Kominterni_Eesti_sektsioon_Moskvas, lk 24
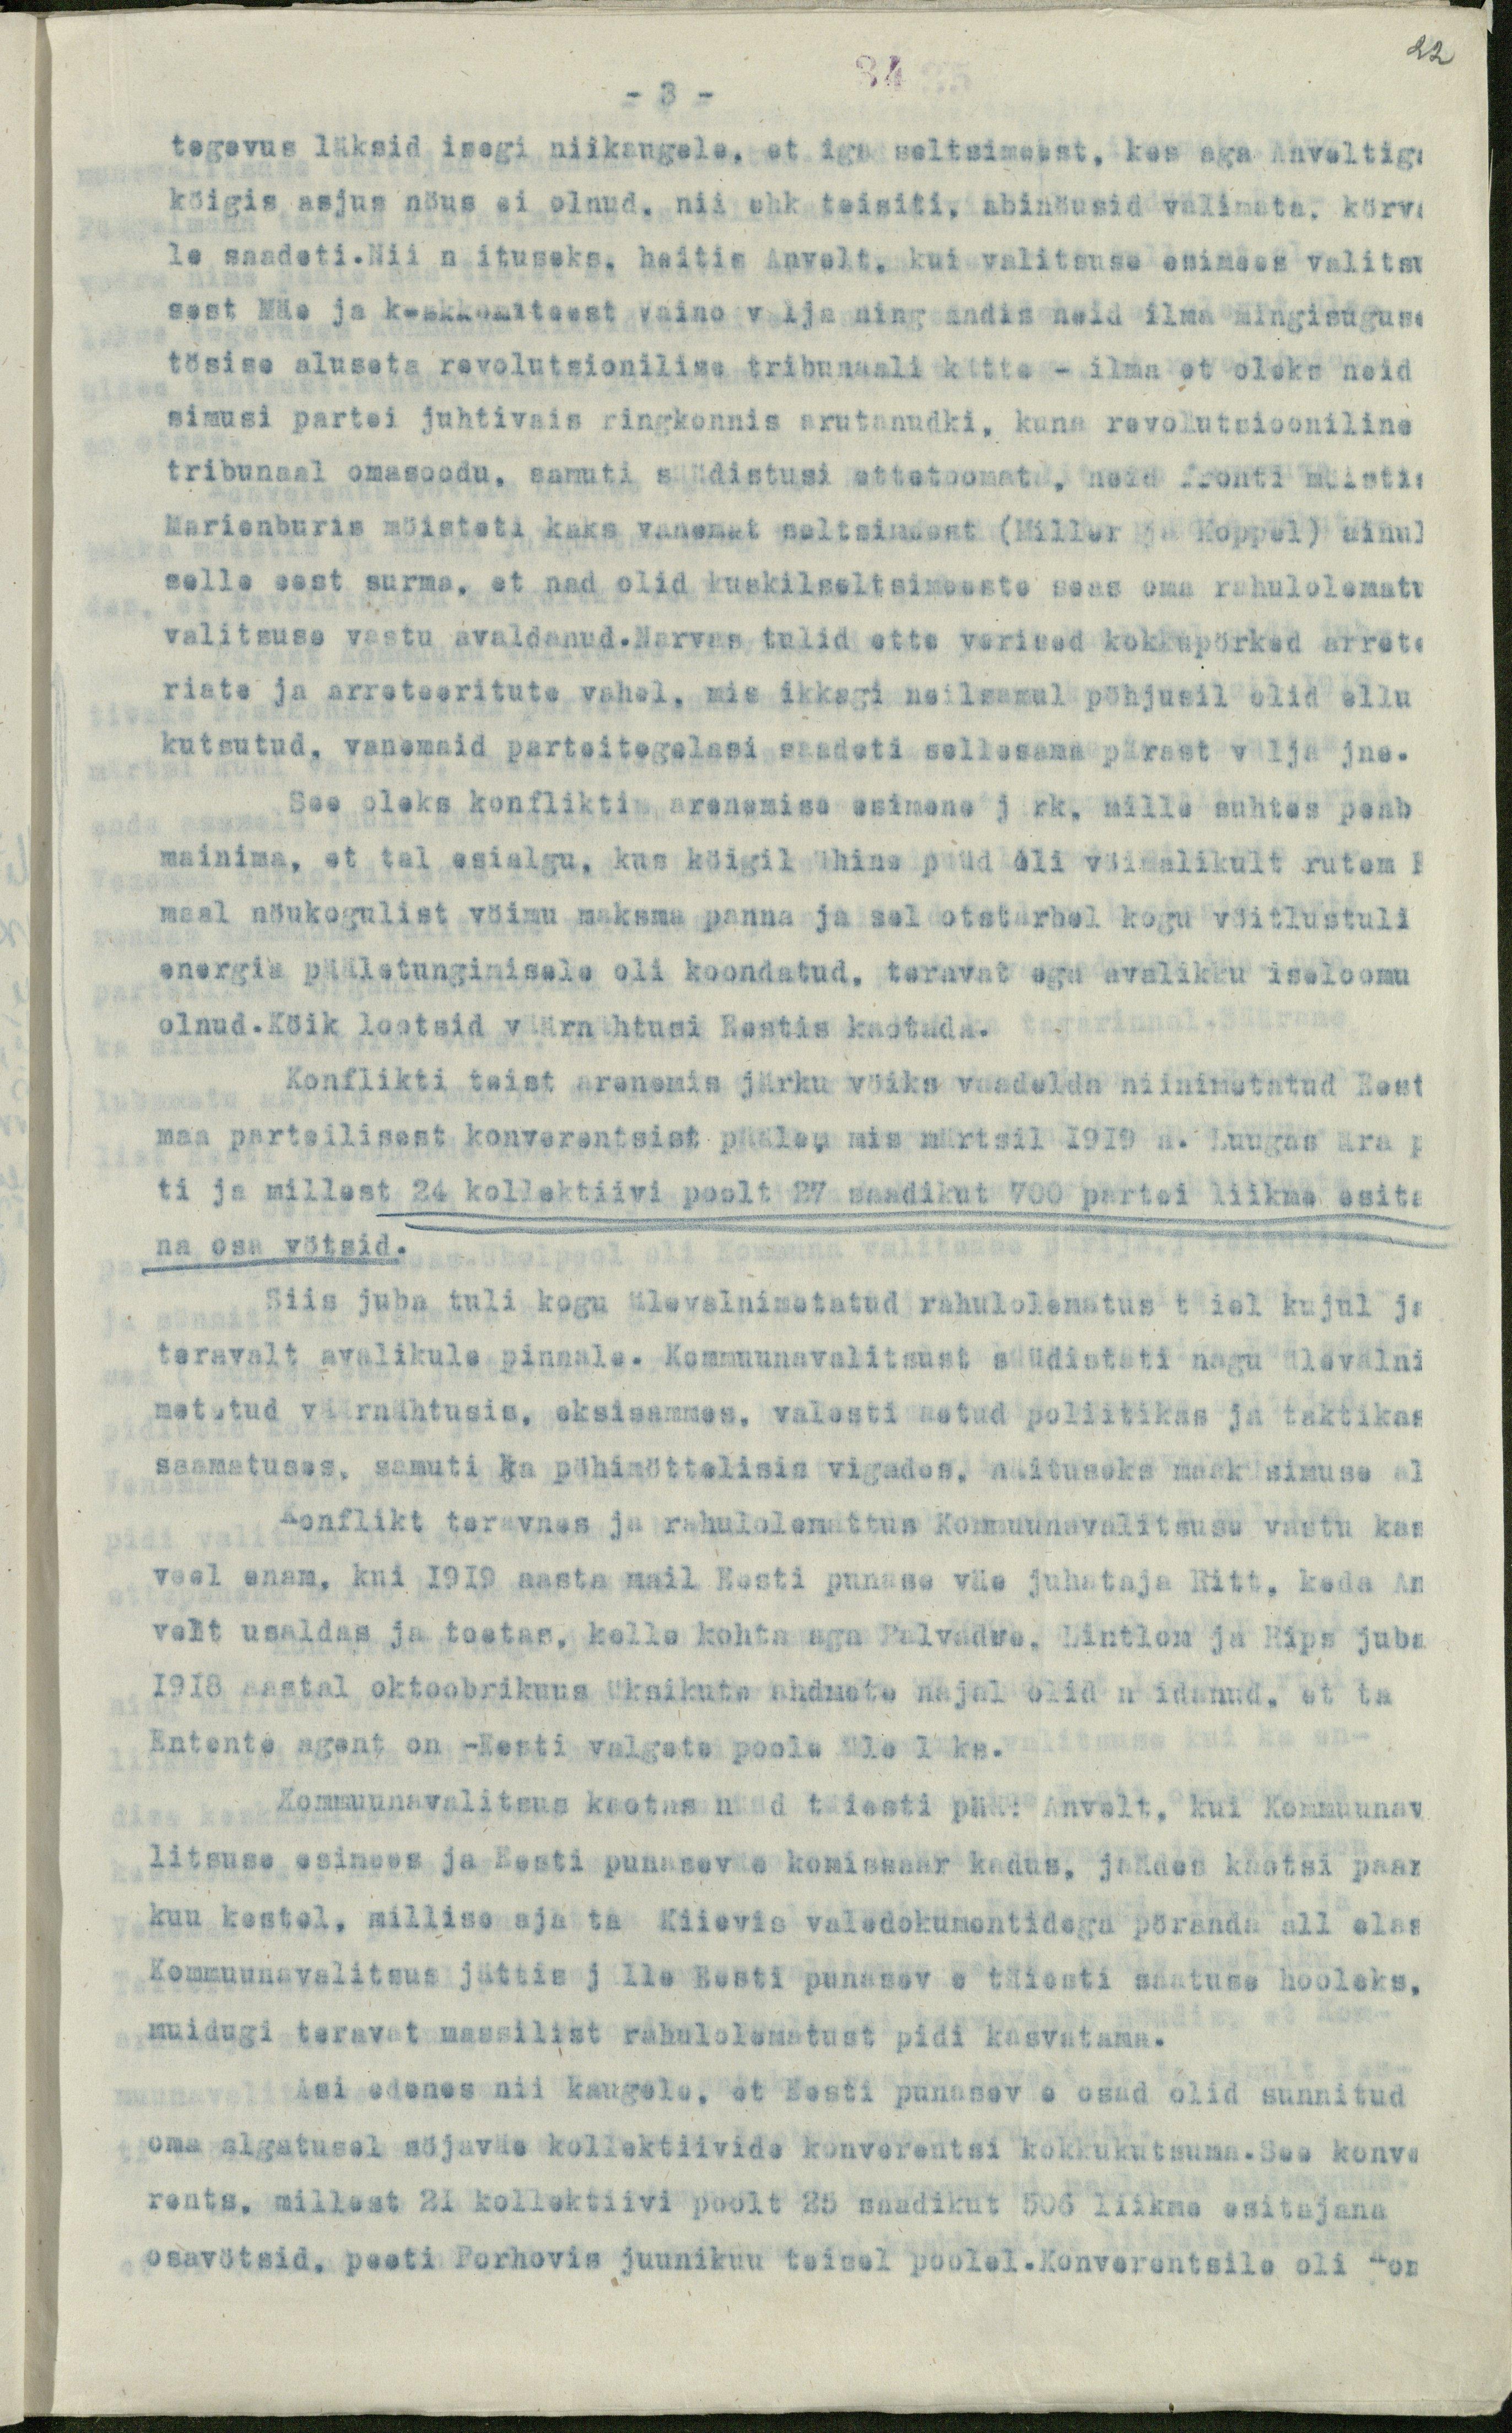
22

- 3 -
34
tegevus läksid isegi niikaugele, et iga seltsimeest, kes aga Anveltiga
köigis asjus nöus ei olnud, nii ehk teisiti, abinöusid valimata, körva
le saadeti.Nii näituseks, heitis Anvelt, kui valitsuse esimees valitsu
sest Mäe ja keskkomiteest Vaino välja ning andis neid ilma mingisuguse
tösise aluseta revolutsionilise tribunaali kätte - ilma et oleks neid
simusi partei juhtivais ringkonnis arutanudki, kuna revolutsiooniline
tribunaal omasoodu, samuti süüdistusi ettetoomata, neid fronti möistis
Marienburis möisteti kaks vanemat seltsimeest (Miller ja Koppel) ainul
selle eest surma, et nad olid kuskilseltsimeeste seas oma rahulolematu
valitsuse vastu avaldanud.Narvas tulid ette verised kokkupörked arrete
riate ja arreteeritute vahel, mis ikkagi neilsamul pöhjusil olid ellu
kutsutud, vanemaid parteitegelasi saadeti sellesama pärast välja jne.
See oleks konflikti arenemise esimene järk, mille suhtes peab
mainima, et tal esialgu, kus köigil ühine püüd oli vöimalikult rutemb
maal nöukogulist vöimu maksma panna ja sel otstarbel kogu vöitlustuli
energia pääletungimisele oli koondatud, teravat ega avalikku iseloomu
olnud.Köik lootsid väärnähtusi Eestis kaotada.
Konflikti teist arenemis järku vöiks vaadelda niinimetatud Eest
maa parteilisest konverentsist pääle, mis märtsil 1919 a. Luugas ära p
ti ja millest 24 kollektiivi poolt 27 saadikut 700 partei liikme esita
na osa vötsid.
Siis juba tuli kogu ülevalnimetatud rahulolematus täiel kujul ja
teravalt avalikule pinnale. Kommuunavalitsust süüdistati nagu ülevalni
metatud väärnähtusis, eksisammes, valesti aetud poliitikas ja taktikas
saamatuses, samuti ka pöhimöttelisis vigades, näituseks maaküsimuse al
Konflikt teravnes ja rahulolemattus Kommuunavalitsuse vastu kas
veel enam, kui 1919 aasta mail Eesti punase väe juhataja Ritt, keda An
velt usaldas ja toetas, kelle kohta aga Palvadve, Lintlon ja Rips juba
1918 aastal oktoobrikuus üksikute andmete najal olid näidanud, et ta
Entente agent on - Eesti valgete poole üle läks.
Kommuunavalitsus kaotas nüüd täiesti pääl Anvelt, kui Kommuunav
litsuse esimees ja Eesti punaseväe komissaar kadus, jäädes kaotsi paar
kuu kestel, millise aja ta Kiievis valedokumentidega pöranda all elas
Kommuunavalitsus jättis jälle Eesti punaseväe täiesti saatuse hooleks,
muidugi teravat massilist rahulolematust pidi kasvatama.
Asi edenes nii kaugele, et Eesti punaseväe osad olid sunnitud
oma algatusel söjaväe kollektiivide konverentsi kokkukutsuma. See konve
rents, millest 21 kollektiivi poolt 25 saadikut 506 liikme esitajana
osavötsid, peeti Porhovis juunikuu teisel poolel.Konverentsile oli kon